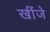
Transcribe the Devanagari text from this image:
खींजे